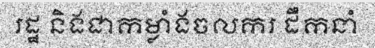
រដ្ឋ និងជាកម្លាំងចលករ ដឹកនាំ